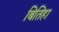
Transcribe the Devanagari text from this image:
बितिहा